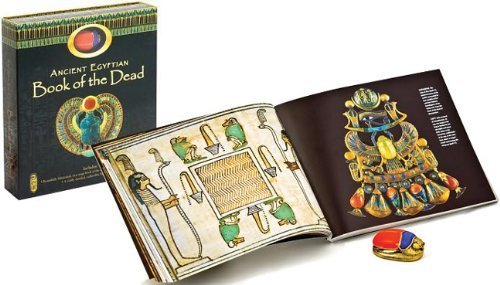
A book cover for Ancient Egyptian Book of the Dead (Gift Edition with Scarab) Gift Edition by unknown (2011); Author; Religion & Spirituality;